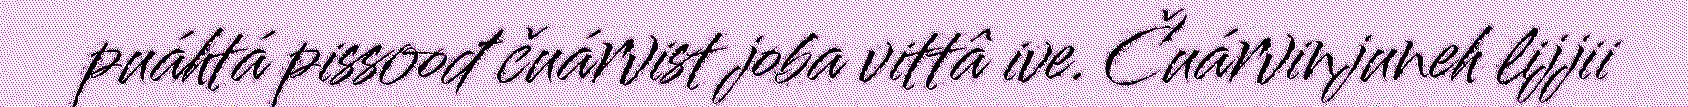
puáhtá pissoođ čuárvist joba vittâ ive. Čuárvinjuneh lijjii